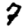
Digit: 7